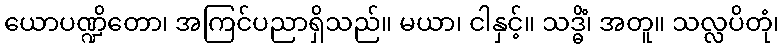
ယောပဏ္ဍိတော၊ အကြင်ပညာရှိသည်။ မယာ၊ ငါနှင့်။ သဒ္ဓိံ၊ အတူ။ သလ္လပိတုံ၊